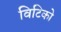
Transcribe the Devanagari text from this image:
विटिको